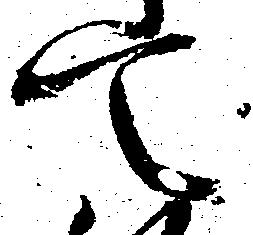
て